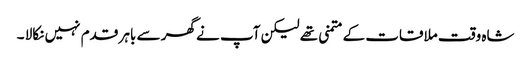
شاہ وقت ملاقات کے متمنی تھے لیکن آپ نے گھر سے باہر قدم نہیں نکالا ۔